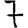
Digit: 7